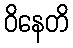
ဝိနေတိ